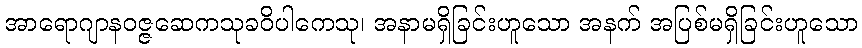
အာရောဂျာနဝဇ္ဇဆေကသုခဝိပါကေသု၊ အနာမရှိခြင်းဟူသော အနက် အပြစ်မရှိခြင်းဟူသော